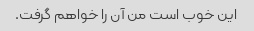
این خوب است من آن را خواهم گرفت.